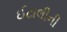
ઈટાલીની